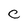
Character: C